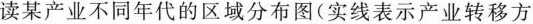
读某产业不同年代的区域分布图(实线表示产业转移方